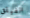
الفيلق